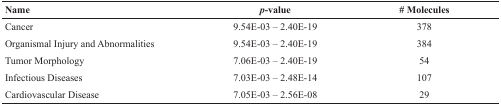
| Name | p-value | # Molecules |
 | --- | --- | --- |
 | Cancer | 9.54E-03 – 2.40E-19 | 378 |
 | Organismal Injury and Abnormalities | 9.54E-03 – 2.40E-19 | 384 |
 | Tumor Morphology | 7.06E-03 – 2.40E-19 | 54 |
 | Infectious Diseases | 7.03E-03 – 2.48E-14 | 107 |
 | Cardiovascular Disease | 7.05E-03 – 2.56E-08 | 29 |